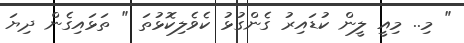
" މި.. މިއީ ލީން ކުޑައިރު ގެންގުޅު ކެވެލިކޮޅުތަ " ތަޅައިގެން ދިޔަ